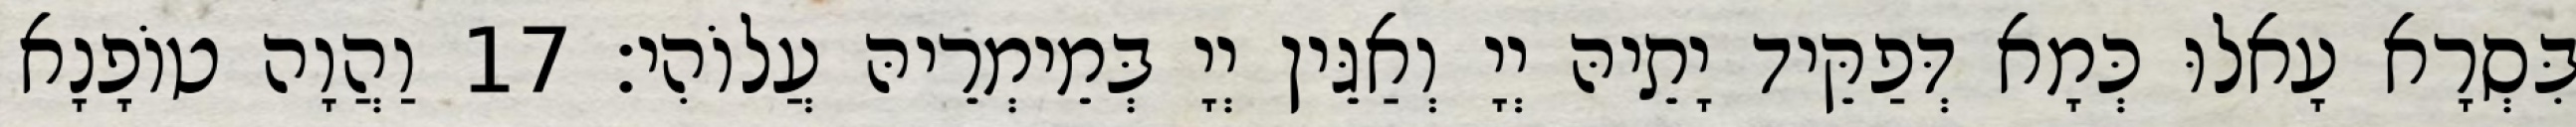
בִּסְרָא עָאלוּ כְּמָא דְּפַקֵּיד יָתֵיהּ יְיָ וְאַגֵּין יְיָ בְּמֵימְרֵיהּ עֲלוֹהִי׃ 17 וַהֲוָה טוֹפָנָא